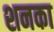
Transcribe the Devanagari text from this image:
शनका